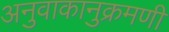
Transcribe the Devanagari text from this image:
अनुवाकानुक्रमणी